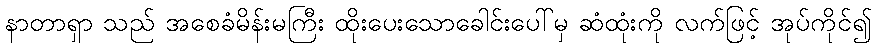
နာတာရှာ သည် အစေခံမိန်းမကြီး ထိုးပေးသောခေါင်းပေါ်မှ ဆံထုံးကို လက်ဖြင့် အုပ်ကိုင်၍